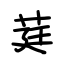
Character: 莛